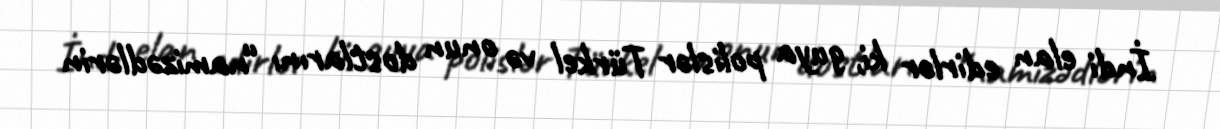
İndi elan edirlər ki, guya polislər Türkel və onun dostlarını “namizədlərin